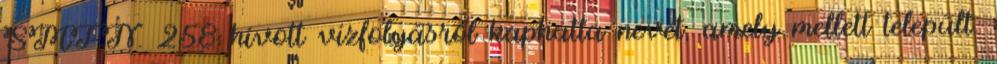
SMFN. 258 hívott vízfolyásról kaphatta nevét, amely mellett települt.